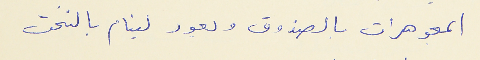
المجوهرات بالصندوق ويعود لينام بالتخت